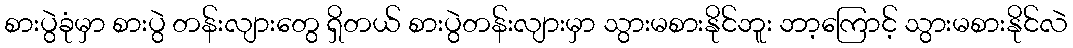
စားပွဲခုံမှာ စားပွဲ တန်းလျားတွေ ရှိတယ် စားပွဲတန်းလျားမှာ သွားမစားနိုင်ဘူး ဘာ့ကြောင့် သွားမစားနိုင်လဲ